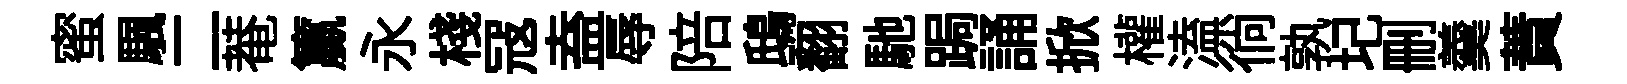
蜜颿二菴籯永棧冦盍辱陪鴟翻馳跼誦掀權溘徜孰圮删羹蕡